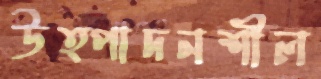
উত্পাদনশীল